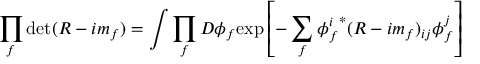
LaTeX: \prod _ { f } \operatorname * { d e t } ( R - i m _ { f } ) = \int \prod _ { f } D \phi _ { f } \mathrm { e x p } \left[ - \sum _ { f } { \phi _ { f } ^ { i } } ^ { * } ( R - i m _ { f } ) _ { i j } \phi _ { f } ^ { j } \right]